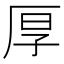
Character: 厚